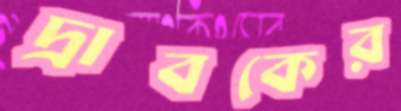
দ্রাবকের